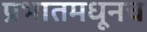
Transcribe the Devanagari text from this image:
प्रभातमधूनच